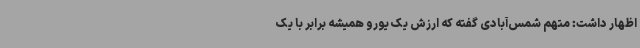
اظهار داشت: متهم شمس‌آبادی گفته که ارزش یک یورو همیشه برابر با یک